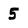
Character: 5